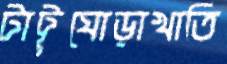
টাট্টুঘোড়াখাতি